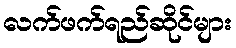
လက်ဖက်ရည်ဆိုင်များ